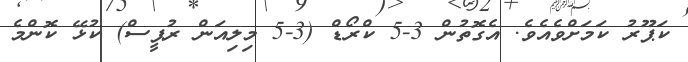
ކަޕޫރު ކަމަށްވެއެވެ. އެގޮތުން 3-5 ކްރޯޑް (3-5 މިލިއަން ރުޕީސް) ކުޅޭ ކޮންމެ